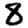
Digit: 8